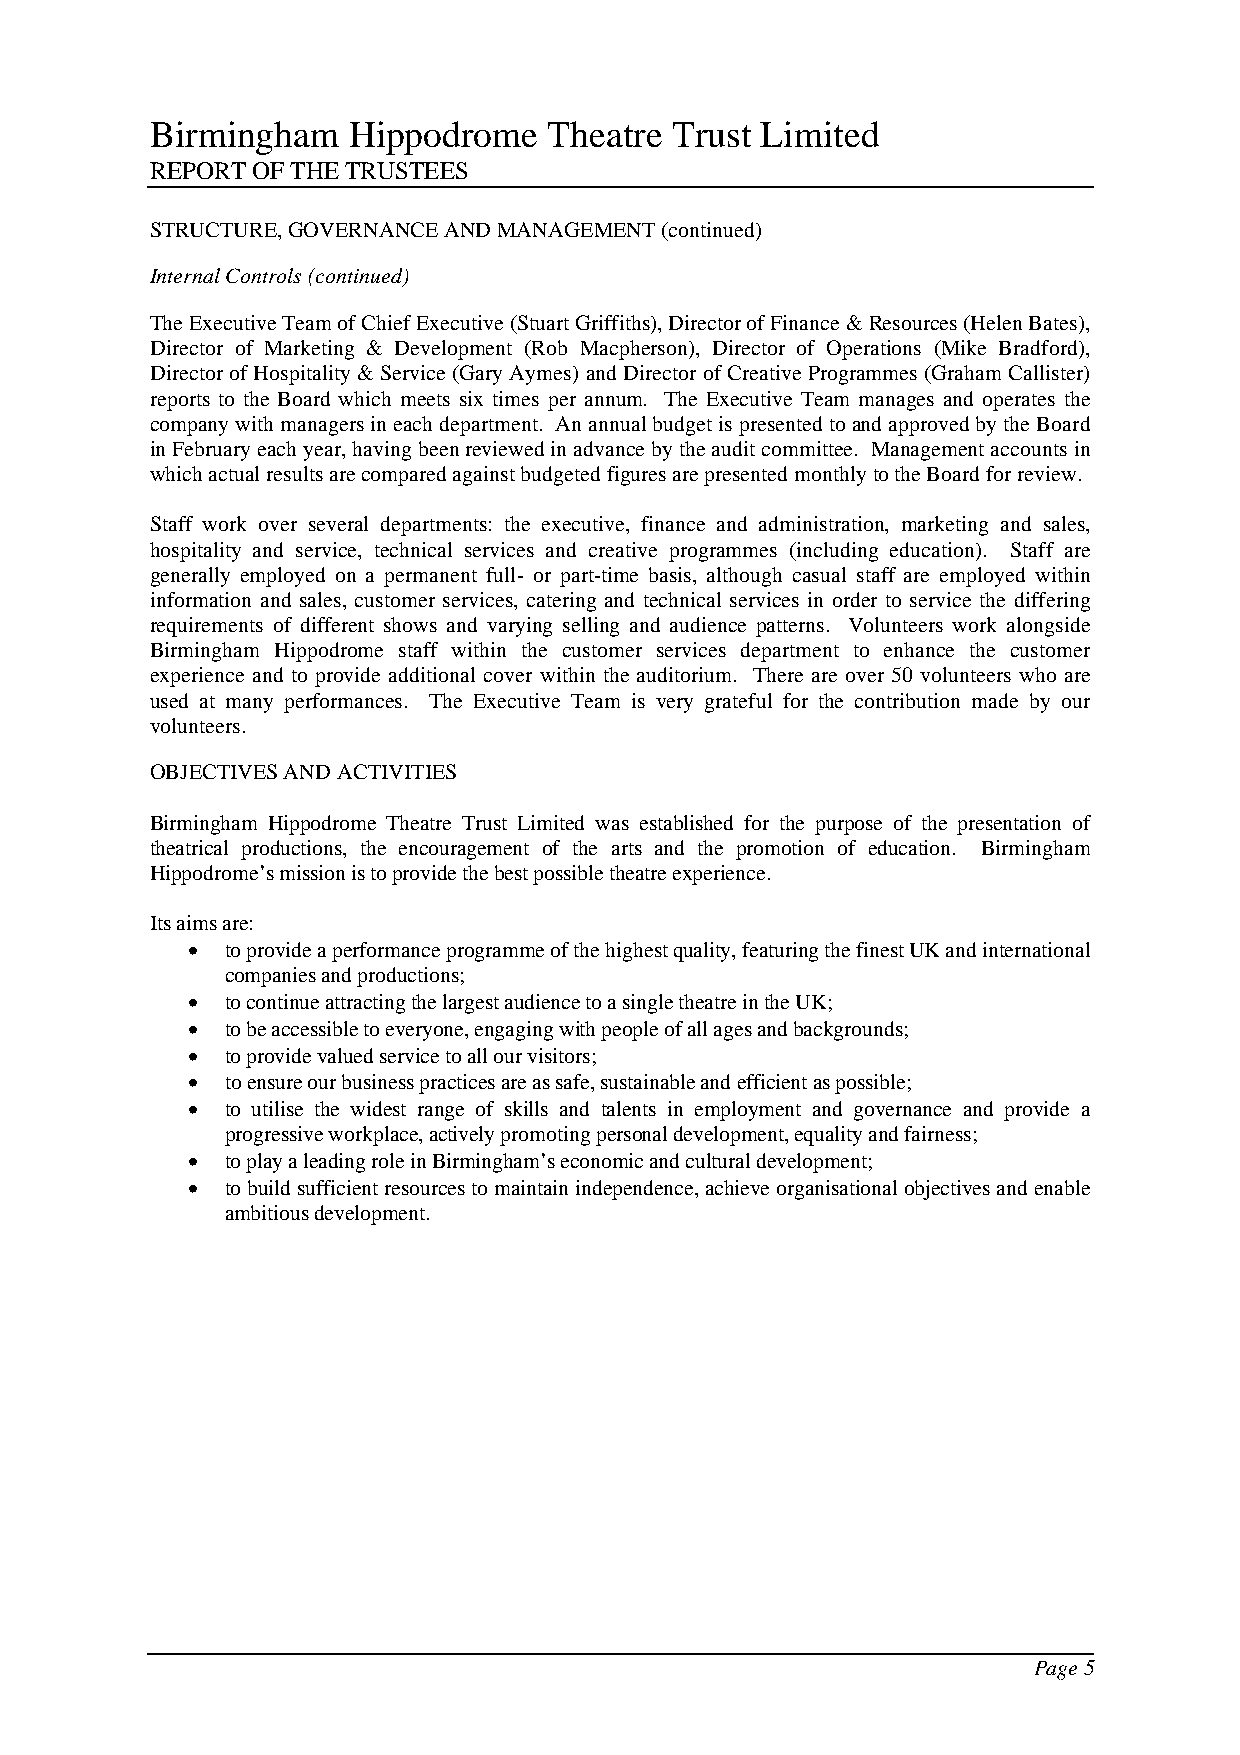
Birmingham   Hippodrome   Theatre Trust Limited
 REPORT OF THE TRUSTEES
 STRUCTURE, GOVERNANCE AND MANAGEMENT (continued)
 Internal Controls (continued)
 The Executive Team of Chief Executive (Stuart Griffiths), Director of Finance & Resources (Helen Bates),
 Director of Marketing & Development (Rob Macpherson), Director of Operations (Mike Bradford),
 Director of Hospitality & Service (Gary Aymes) and Director of Creative Programmes (Graham Callister)
 reports to the Board which meets six times per annum. The Executive Team manages and operates the
 company with managers in each department. An annual budget is presented to and approved by the Board
 in February each year, having been reviewed in advance by the audit committee. Management accounts in
 which actual results are compared against budgeted figures are presented monthly to the Board for review.
 Staff work over several departments: the executive, finance and administration, marketing and sales,
 hospitality and service, technical services and creative programmes (including education). Staff are
 generally employed on a permanent full- or part-time basis, although casual staff are employed within
 information and sales, customer services, catering and technical services in order to service the differing
 requirements of different shows and varying selling and audience patterns. Volunteers work alongside
 Birmingham Hippodrome staff within the customer services department to enhance the customer
 experience and to provide additional cover within the auditorium. There are over 50 volunteers who are
 used at many performances. The Executive Team is very grateful for the contribution made by our
 volunteers.
 OBJECTIVES AND ACTIVITIES
 Birmingham Hippodrome Theatre Trust Limited was established for the purpose of the presentation of
 theatrical productions, the encouragement of the arts and the promotion of education. Birmingham
 Hippodrome’s mission is to provide the best possible theatre experience.
 Its aims are:
 •  to provide a performance programme of the highest quality, featuring the finest UK and international
 companies and productions;
 •  to continue attracting the largest audience to a single theatre in the UK;
 •  to be accessible to everyone, engaging with people of all ages and backgrounds;
 •  to provide valued service to all our visitors;
 •  to ensure our business practices are as safe, sustainable and efficient as possible;
 •  to utilise the widest range of skills and talents in employment and governance and provide a
 progressive workplace, actively promoting personal development, equality and fairness;
 •  to play a leading role in Birmingham’s economic and cultural development;
 •  to build sufficient resources to maintain independence, achieve organisational objectives and enable
 ambitious development.
 Page 5